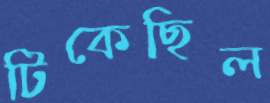
টিকেছিল